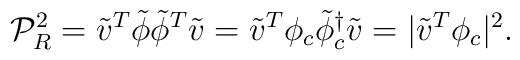
{\cal P}_{R}^{2}={\tilde v}^{T} {\tilde \phi}{\tilde \phi}^{T}{\tilde v}= {\tilde v}^{T} {\phi}_{c} {\tilde \phi}_{c}^{\dagger}{\tilde v}=|{\tilde v}^{T} {\phi}_{c}|^{2}.